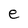
Character: e